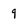
Character: 9